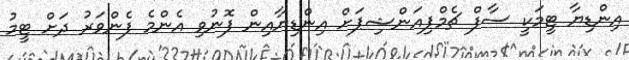
އިންޑިޔާ ޓީމަކީ ސާފް ޗެމްޕިއަންޝިޕަށް އިންޑިޔާއިން ފޮނުވި އެންމެ ފެންވަރު ދަށް ޓީމު